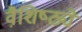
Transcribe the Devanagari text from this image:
वैशि़ष्ठ्ये